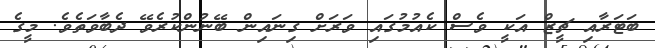
ބަޓަރާއި ޗީޒް އަކީ ވެސް ކެއުމުގައި ވަރަށް ގިނައިން ބޭނުންކުރެވޭ ދެބާވަތެވެ. މީގެ